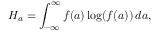
H _ { a } = \int _ { - \infty } ^ { \infty } f ( a ) \log ( f ( a ) ) \, d a ,